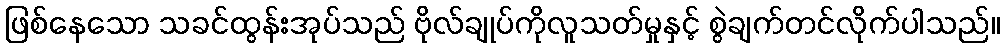
ဖြစ်နေသော သခင်ထွန်းအုပ်သည် ဗိုလ်ချုပ်ကိုလူသတ်မှုနှင့် စွဲချက်တင်လိုက်ပါသည်။